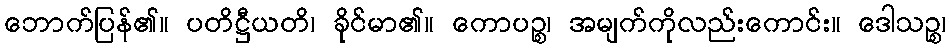
ဘောက်ပြန်၏။ ပတိဋ္ဌီယတိ၊ ခိုင်မာ၏။ ကောပဉ္စ၊ အမျက်ကိုလည်းကောင်း။ ဒေါသဉ္စ၊